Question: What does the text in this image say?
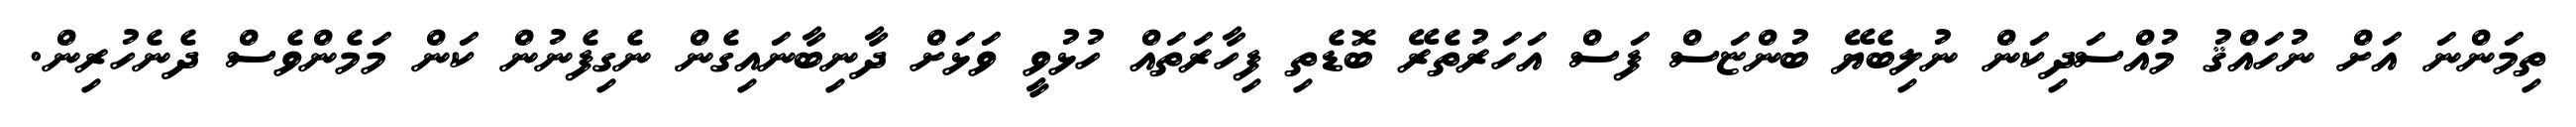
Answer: ތިމަންނަ އަށް ނުހައްޤު މުއްސަދިކަން ނުލިބެޔޭ ބުންޏަސް ފަސް އަހަރުތެރޭ ބޮޑެތި ފިހާރަތައް ހުޅުވީ ވަޅަށް ދާނިބާނައިގެން ނެގިފެނުން ކަން މަމެންވެސް ދެނެހުރިން.